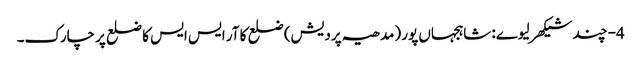
4- چند شیکھر لیوے: شاہجہاں پور (مدھیہ پردیش) ضلع کا آر ایس ایس کا ضلع پرچارک۔